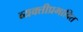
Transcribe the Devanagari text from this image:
व्यक्तीप्रभावित